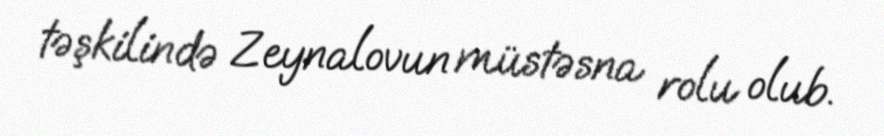
təşkilində Zeynalovun müstəsna rolu olub.